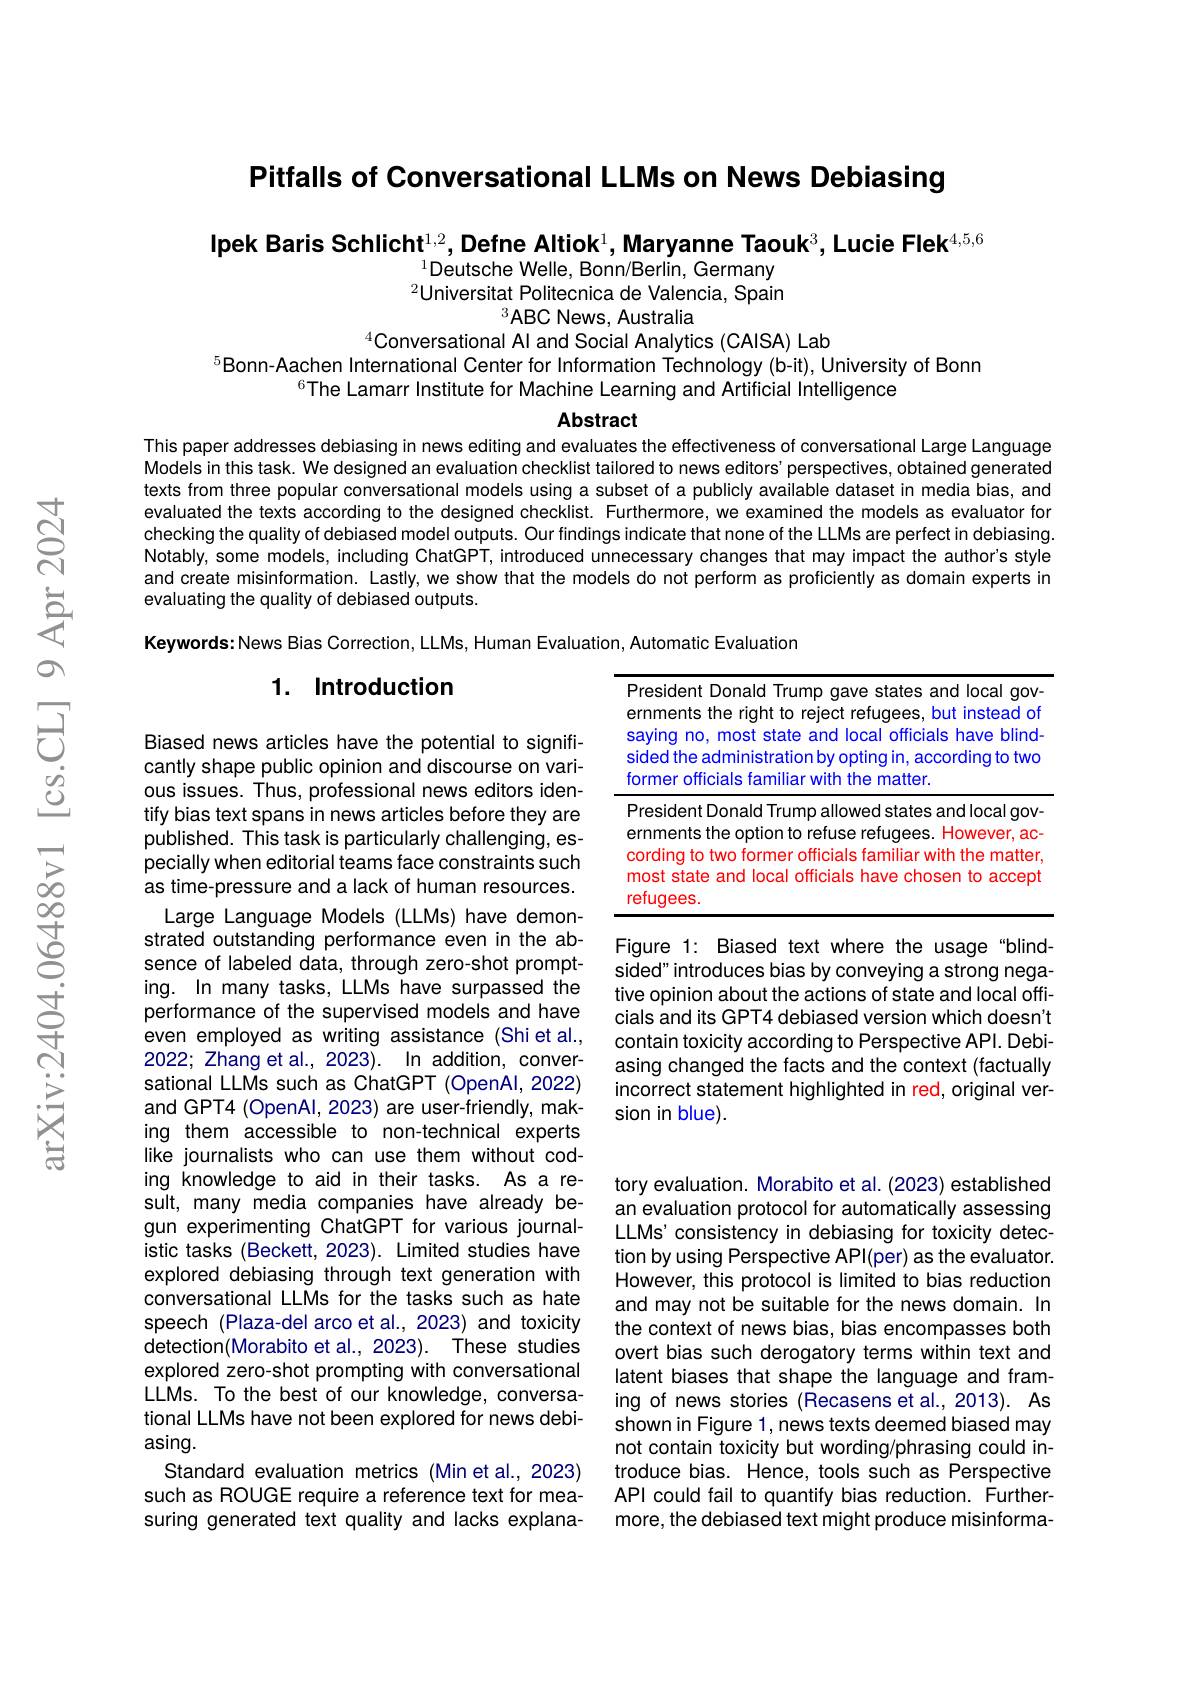
Pitfalls of Conversational LLMs on News Debiasing

Ipek Baris Schlicht$^{1,2}$, Defne Altiok$^1$,Maryanne Taouk$^3$,Lucie Flek$^{4,5,6}$
$^{1}$Deutsche Welle, Bonn/Berlin, Germany $^{2}$Universitat Politecnica de Valencia, Spain
$^3ABC$ News, Australia

$^{4}$Conversational Al and Social Analytics (CAISA) Lab
$^{5}$Bonn-Aachen International Center for Information Téchnology(b-it), University of Bonn
$^{6}$The Lamarr Institute for Machine Learning and Artificial Intelligence

Abstract

This paper addresses debiasing in news editing and evaluates the effectiveness of conversational Large Language Models in this task. We designed an evaluation checklist tailored to news editors' perspectives, obtained generated texts from three popular conversational models using a subset of a publicly available dataset in media bias, and evaluated the texts according to the designed checklist. Furthermore, we examined the models as evaluator for checking the quality of debiased model outputs. Our findings indicate that none of the LLMs are perfect in debiasing. Notably, some models, including ChatGPT, introduced unnecessary changes that may impact the author's style and create misinformation. Lastly, we show that the models do not perform as proficiently as domain experts in evaluating the quality of debiased outputs.

Keywords: News Bias Correction, LLMs, Human Evaluation, Automatic Evaluation

### 1. Introduction

<table>
	<tbody>
		<tr>
			<td>H</td>
			<td>$|nna|n$ nd loca 1C</td>
		</tr>
		<tr>
			<td> </td>
			<td> </td>
		</tr>
		<tr>
			<td> </td>
			<td> </td>
		</tr>
		<tr>
			<td>n $r$</td>
			<td>t state and local officials have chosen to accept $\gimel ees.$</td>
		</tr>
	</tbody>
</table>

Figure 1: Biased text where the usage "blindsided" introduces bias by conveying a strong negative opinion about the actions of state and local officials and its GPT4 debiased version which doesn't contain toxicity according to Perspective APl. Debiasing changed the facts and the context (factually incorrect statement highlighted in red, original version in blue).

Biased news articles have the potential to significantly shape public opinion and discourse on various issues. Thus, professional news editors identify bias text spans in news articles before they are published. This task is particularly challenging, especially when editorial teams face constraints such as time-pressure and a lack of human resources. Large Language Models (LLMs) have demonstrated outstanding performance even in the absence of labeled data, through zero-shot prompting. In many tasks, LLMs have surpassed the performance of the supervised models and have even employed as writing assistance (Shi et al., 2022; Zhang et al., 2023). In addition, conversational LLMs such as ChatGPT (OpenAl, 2022) and GPT4 (OpenAl, 2023) are user-friendly, making them accessible to non-technical experts like journalists who can use them without coding knowledge to aid in their tasks. As a result, many media companies have already begun experimenting ChatGPT for various journalistic tasks (Beckett, 2023). Limited studies have explored debiasing through text generation with conversational LLMs for the tasks such as hate speech (Plaza-del arco et al., 2023) and toxicity detection(Morabito et al., 2023). These studies explored zero-shot prompting with conversational LLMs. To the best of our knowledge, conversational LLMs have not been explored for news debiasing.
Standard evaluation metrics (Min et al., 2023) such as ROUGE require a reference text for measuring generated text quality and lacks explana-

tory evaluation. Morabito et al. (2023) established an evaluation protocol for automatically assessing LLMs' consistency in debiasing for toxicity detection by using Perspective API(per) as the evaluator. However, this protocol is limited to bias reduction and may not be suitable for the news domain. In the context of news bias, bias encompasses both overt bias such derogatory terms within text and latent biases that shape the language and framing of news stories (Recasens et al., 2013). As shown in Figure 1, news texts deemed biased may not contain toxicity but wording/phrasing could introduce bias. Hence, tools such as Perspective API could fail to quantify bias reduction. Furthermore, the debiased text might produce misinforma-